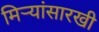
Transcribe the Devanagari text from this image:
मिऱ्यांसारखी